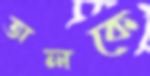
অলকে